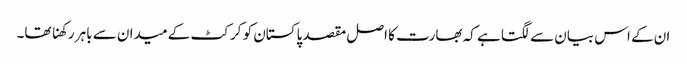
ان کے اس بیان سے لگتا ہے کہ بھارت کا اصل مقصد پاکستان کو کرکٹ کے میدان سے باہر رکھنا تھا۔